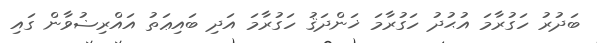
ބަދުރު ހަގުރާމަ އުޙުދު ހަގުރާމަ ޚަންދަޤު ހަގުރާމަ އަދި ބައިޢަތު އައްރިޟުވާން ގައި